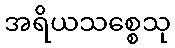
အရိယသစ္စေသု